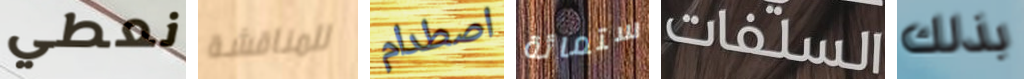
نعطي للمناقشة اصطدام ستمائة السلفات بذلك